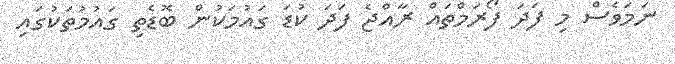
ނަމަވެސް މި ފަދަ ފޯރަމްތައް ރާއްޖެ ފަދަ ކުޑަ ގައުމަކުން ބޮޑެތި ގައުމުތަކުގައި